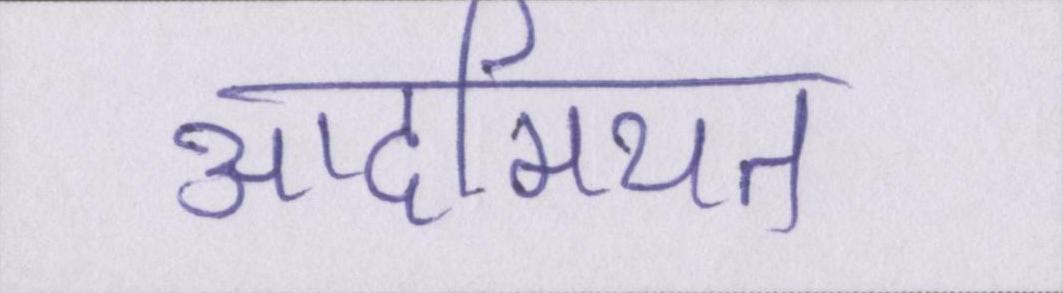
आदमियत